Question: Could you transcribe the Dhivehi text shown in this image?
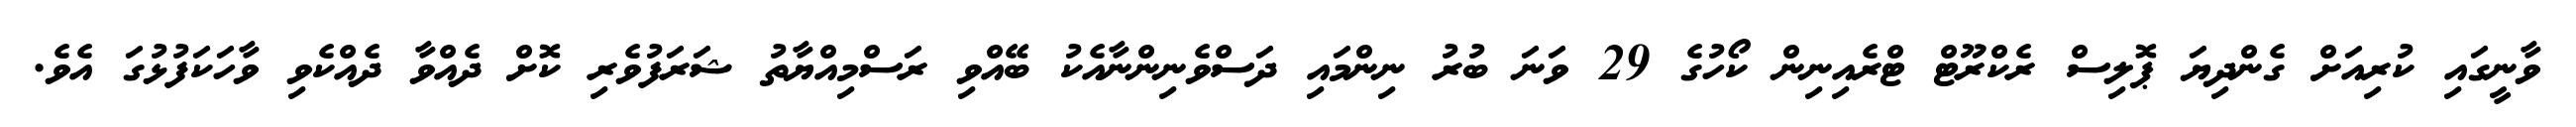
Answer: ވާނީގައި ކުރިއަށް ގެންދިޔަ ޕޮލިސް ރެކްރޫޓް ޓްރެއިނިން ކޯހުގެ 29 ވަނަ ބުރު ނިންމައި ދަސްވެނިންނާއެކު ބޭއްވި ރަސްމިއްޔާތު ޝަރަފުވެރި ކޮށް ދެއްވާ ދެއްކެވި ވާހަކަފުޅުގަ އެވެ.